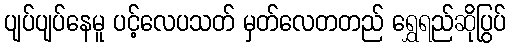
ပျပ်ပျပ်နေမူ ပင့်လေပသတ် မှတ်လေတတည် ရွှေရည်ဆိုပြွပ်